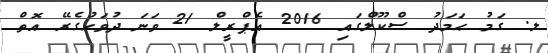
ލ. ގަމު ޙަމަދު ސްކޫލްގައި 2016 އެޕްރީލް 21 ވަނަ ދުވަހުގެރޭ އޮތް